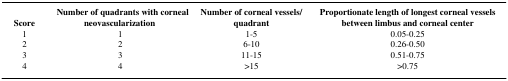
<table><thead><tr><td><b>Score</b></td><td><b>Number of quadrants with corneal neovascularization</b></td><td><b>Number of corneal vessels/quadrant</b></td><td><b>Proportionate length of longest corneal vessels between limbus and corneal center</b></td></tr></thead><tbody><tr><td>1</td><td>1</td><td>1-5</td><td>0.05-0.25</td></tr><tr><td>2</td><td>2</td><td>6-10</td><td>0.26-0.50</td></tr><tr><td>3</td><td>3</td><td>11-15</td><td>0.51-0.75</td></tr><tr><td>4</td><td>4</td><td>&gt;15</td><td>&gt;0.75</td></tr></tbody></table>